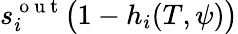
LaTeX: s_{i}^{\mathrm{~o~u~t~}}\big(1-h_{i}(T,\psi)\big)